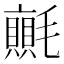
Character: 𭯬